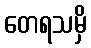
တေရသမှိ